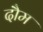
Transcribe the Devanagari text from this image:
दौम